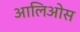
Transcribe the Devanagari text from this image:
आलिओस